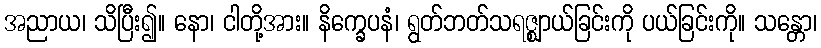
အညာယ၊ သိပြီး၍။ နော၊ ငါတို့အား။ နိက္ခေပနံ၊ ရွတ်ဘတ်သရဇ္ဈာယ်ခြင်းကို ပယ်ခြင်းကို။ သန္တော၊